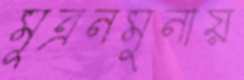
মূত্রনমুনায়